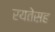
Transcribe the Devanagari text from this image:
रयतेसह